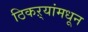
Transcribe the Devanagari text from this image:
ठिकऱ्यांमधून